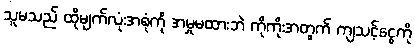
သူမသည် ထိုမျက်လုံးအစုံကို အမှုမထားဘဲ ကိုကိုးအတွက် ကျသင့်ငွေကို